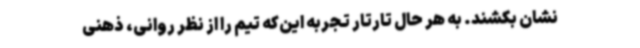
نشان بکشند. به هر حال تارتار تجربه این‌که تیم را از نظر روانی، ذهنی